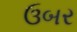
ઉબર